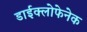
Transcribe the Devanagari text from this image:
डाईक्लोफेनेक